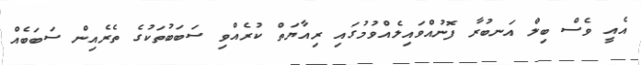
އެއީ ވެސް ބިލް އަނބުރާ ފޮނުއްވައިލެއްވުމުގައި ރިއާޔަތް ކުރެއްވި ސަބަބުތަކުގެ ތެރެއިން ސަބަބެއް